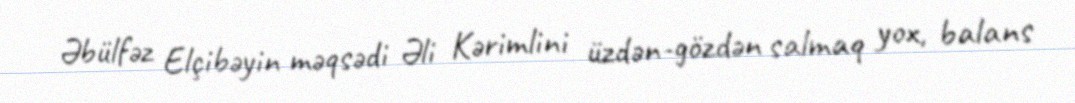
Əbülfəz Elçibəyin məqsədi Əli Kərimlini üzdən-gözdən salmaq yox, balans